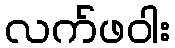
လက်ဖဝါး